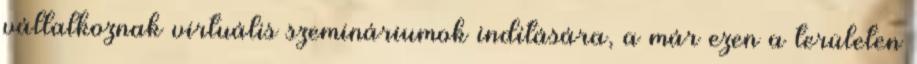
vállalkoznak virtuális szemináriumok indítására, a már ezen a területen